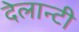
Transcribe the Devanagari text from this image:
देलान्टी